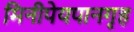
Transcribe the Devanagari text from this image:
मिनीपेयपानगृह